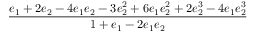
\displaystyle \frac { e _ { 1 } + 2 e _ { 2 } - 4 e _ { 1 } e _ { 2 } - 3 e _ { 2 } ^ { 2 } + 6 e _ { 1 } e _ { 2 } ^ { 2 } + 2 e _ { 2 } ^ { 3 } - 4 e _ { 1 } e _ { 2 } ^ { 3 } } { 1 + e _ { 1 } - 2 e _ { 1 } e _ { 2 } }